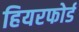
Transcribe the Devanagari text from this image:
हियरफोर्ड